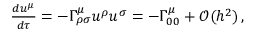
\begin{array} { r } { \frac { d u ^ { \mu } } { d \tau } = - \Gamma _ { \rho \sigma } ^ { \mu } u ^ { \rho } u ^ { \sigma } = - \Gamma _ { 0 0 } ^ { \mu } + \mathcal { O } ( h ^ { 2 } ) \, , } \end{array}